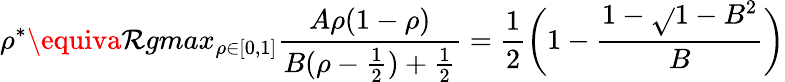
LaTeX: \rho^{*}\equiva\mathcal{R}gmax_{\rho\in[0,1]}\frac{{A\rho(1-\rho)}}{{B(\rho-\frac{{1}}{{2}})+\frac{{1}}{{2}}}}=\frac{{1}}{{2}}\bigg(1-\frac{{1-\sqrt{}{{1-B^{2}}}}}{{B}}\bigg)